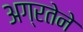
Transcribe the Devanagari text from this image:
अग्रतेने